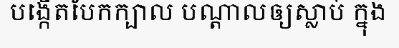
បង្កើតបែកក្បាល បណ្តាលឲ្យស្លាប់ ក្នុង